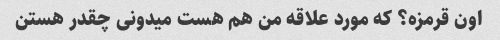
اون قرمزه؟ که مورد علاقه من هم هست میدونی چقدر هستن